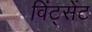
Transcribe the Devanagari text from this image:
विंट्सेंट